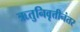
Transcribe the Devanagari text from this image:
ऋतुनिवृत्तीनंतर